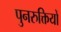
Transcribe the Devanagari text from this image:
पुनरुक्तियों